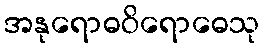
အနုရောဓဝိရောဓေသု